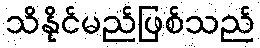
သိနိုင်မည်ဖြစ်သည်